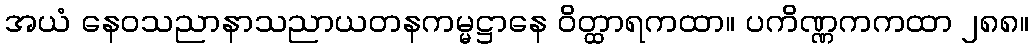
အယံ နေဝသညာနာသညာယတနကမ္မဋ္ဌာနေ ဝိတ္ထာရကထာ။ ပကိဏ္ဏကကထာ ၂၈၈။